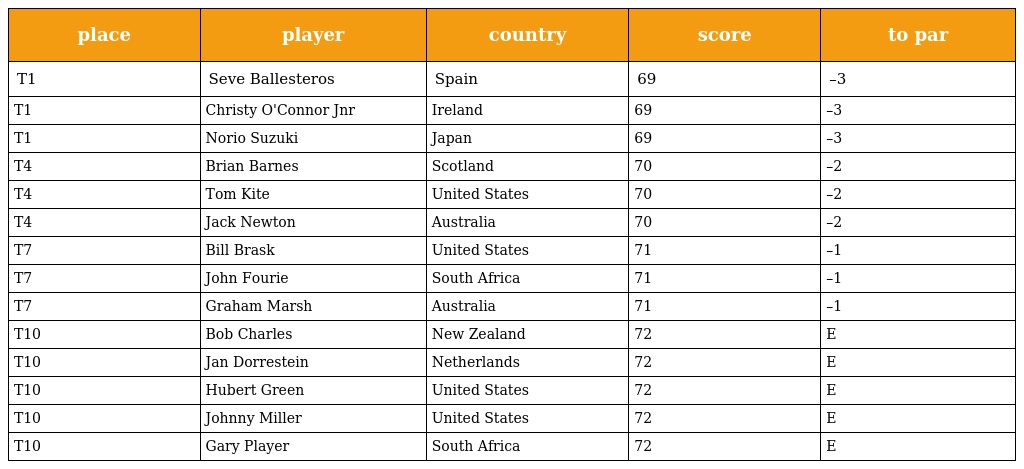
| place | player | country | score | to par |
 | --- | --- | --- | --- | --- |
 | T1 | Seve Ballesteros | Spain | 69 | –3 |
 | T1 | Christy O'Connor Jnr | Ireland | 69 | –3 |
 | T1 | Norio Suzuki | Japan | 69 | –3 |
 | T4 | Brian Barnes | Scotland | 70 | –2 |
 | T4 | Tom Kite | United States | 70 | –2 |
 | T4 | Jack Newton | Australia | 70 | –2 |
 | T7 | Bill Brask | United States | 71 | –1 |
 | T7 | John Fourie | South Africa | 71 | –1 |
 | T7 | Graham Marsh | Australia | 71 | –1 |
 | T10 | Bob Charles | New Zealand | 72 | E |
 | T10 | Jan Dorrestein | Netherlands | 72 | E |
 | T10 | Hubert Green | United States | 72 | E |
 | T10 | Johnny Miller | United States | 72 | E |
 | T10 | Gary Player | South Africa | 72 | E |